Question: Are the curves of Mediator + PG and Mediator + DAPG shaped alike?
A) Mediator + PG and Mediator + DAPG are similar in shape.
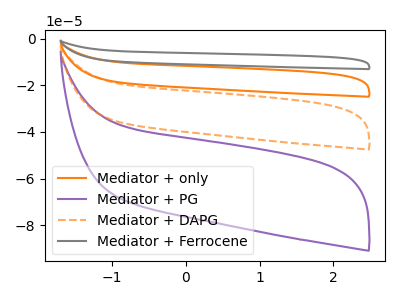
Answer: <think>The orange curve "Mediator + only" has no peaks. The purple curve "Mediator + PG" has no peaks. The orange dashed curve "Mediator + DAPG" has no peaks. The gray curve "Mediator + Ferrocene" has no peaks.
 Neither "Mediator + PG" or "Mediator + DAPG" have any peaks.</think>
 <answer>A) "Mediator + PG" and "Mediator + DAPG" are similar in shape.</answer>
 <eval>A</eval>